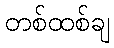
တစ်ထစ်ချ